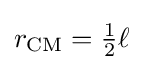
{\textstyle r_{\mathrm {CM} }={\frac {1}{2}}\ell }